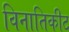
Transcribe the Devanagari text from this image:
विनातिकीट